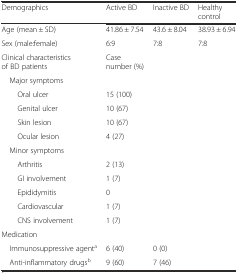
| Demographics | Active BD | Inactive BD | Healthy control |
 | --- | --- | --- | --- |
 | Age (mean ± SD) | 41.86 ± 7.54 | 43.6 ± 8.04 | 38.93 ± 6.94 |
 | Sex (male:female) | 6:9 | 7:8 | 7:8 |
 | Clinical characteristics of BD patients | Case number (%) |  |  |
 | Major symptoms |  |  |  |
 | Oral ulcer | 15 (100) |  |  |
 | Genital ulcer | 10 (67) |  |  |
 | Skin lesion | 10 (67) |  |  |
 | Ocular lesion | 4 (27) |  |  |
 | Minor symptoms |  |  |  |
 | Arthritis | 2 (13) |  |  |
 | GI involvement | 1 (7) |  |  |
 | Epididymitis | 0 |  |  |
 | Cardiovascular | 1 (7) |  |  |
 | CNS involvement | 1 (7) |  |  |
 | Medication |  |  |  |
 | Immunosuppressive agenta | 6 (40) | 0 (0) |  |
 | Anti-inflammatory drugsb | 9 (60) | 7 (46) |  |